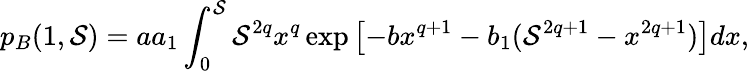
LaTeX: p_{B}(1,\mathcal{S})=aa_{1}\int_{0}^{\mathcal{S}}\mathcal{S}^{2q}x^{q}\exp\left[-bx^{q+1}-b_{1}(\mathcal{S}^{2q+1}-x^{2q+1})\right]dx,